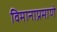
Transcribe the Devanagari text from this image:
विमानाप्रमाणे